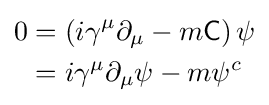
{\begin{aligned}0&=\left(i\gamma ^{\mu }\partial _{\mu }-m{\mathsf {C}}\right)\psi \\&=i\gamma ^{\mu }\partial _{\mu }\psi -m\psi ^{c}\end{aligned}}